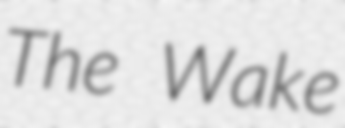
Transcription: The Wake